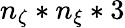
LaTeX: n_{\zeta}*n_{\xi}*3